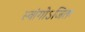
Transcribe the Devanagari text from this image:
स्वांगोऽजितः